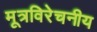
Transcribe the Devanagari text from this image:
मूत्रविरेचनीय